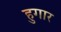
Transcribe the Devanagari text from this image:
हुगार